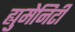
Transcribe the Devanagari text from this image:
ह्युमेनिटी